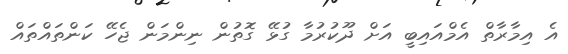
އެ އިމާރާތް އެމްއައިބީ އަށް ދޫކުރުމާ ގުޅޭ ގޮތުން ނިންމަން ޖެހޭ ކަންތައްތައް